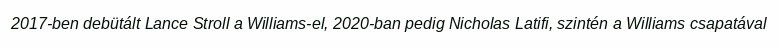
2017-ben debütált Lance Stroll a Williams-el, 2020-ban pedig Nicholas Latifi, szintén a Williams csapatával